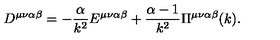
D ^ { \mu \nu \alpha \beta } = - \frac { \alpha } { k ^ { 2 } } E ^ { \mu \nu \alpha \beta } + \frac { \alpha - 1 } { k ^ { 2 } } \Pi ^ { \mu \nu \alpha \beta } ( k ) .